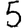
Digit: 5